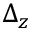
\Delta _ { z }